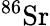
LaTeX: ^{86}\mathrm{Sr}